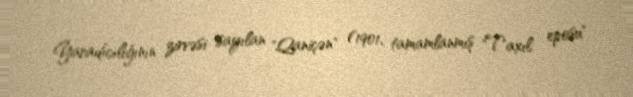
Yaradıcılığının zirvəsi sayılan "Qaniçən" (1901, tamamlanmış "Taxıl eposu"